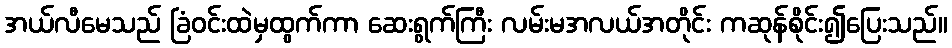
အယ်လီမေသည် ခြံဝင်းထဲမှထွက်ကာ ဆေးရွက်ကြီး လမ်းမအလယ်အတိုင်း ကဆုန်စိုင်း၍ပြေးသည်။